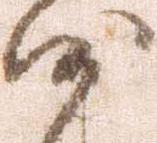
沙